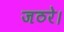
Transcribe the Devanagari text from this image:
जठरे।